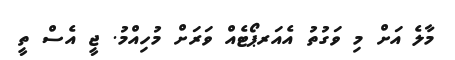
މާލެ އަށް މި ވަގުތު އެއަރޕޯޓެއް ވަރަށް މުހިއްމު. ޖީ އެސް ތީ